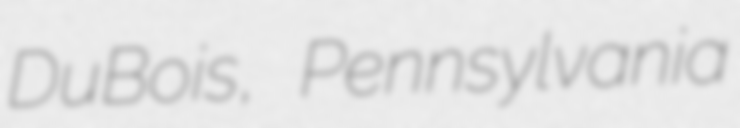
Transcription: DuBois, Pennsylvania